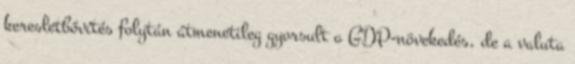
keresletbővítés folytán átmenetileg gyorsult a GDP-növekedés, de a valuta